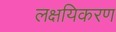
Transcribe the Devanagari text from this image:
लक्षयिकरण